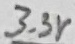
Text: 3.3V